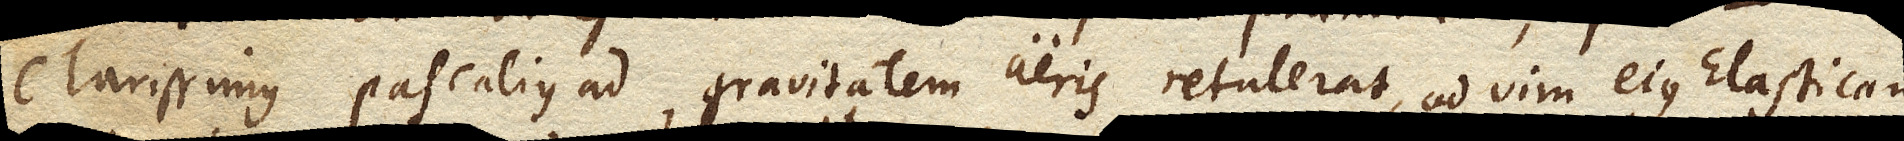
Clarissimus Pascalius ad gravitatem aeris retulerat, ad vim ejus Elasticam